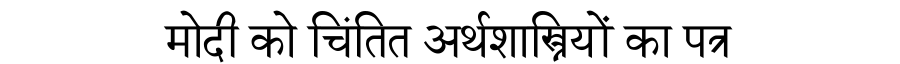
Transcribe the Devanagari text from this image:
मोदी को चिंतित अर्थशास्त्रियों का पत्र